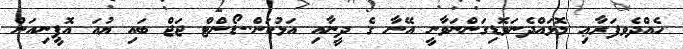
ހެއްދެވފަރާޢި މޮޅަަަަައްދެނަވޮޑިގަންނަވާނީ އޭނާ ގެ ދީނާއި އަޅުކަން..ޑޯންޓް ޖަޖް ބަަަައި ޔުއަ އޮޕީނިއަން